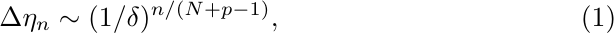
\begin{equation}
    \Delta \eta_n\sim (1/\delta)^{n/(N+p-1)},  \label{eq:delta-eta}
\end{equation}